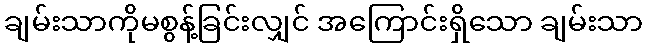
ချမ်းသာကိုမစွန့်ခြင်းလျှင် အကြောင်းရှိသော ချမ်းသာ